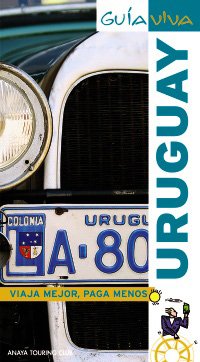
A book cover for Uruguay (Guia Viva/ Life Guide) (Spanish Edition); Gabriela Pagella; Travel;